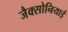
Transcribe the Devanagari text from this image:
जैक्सोनियाई